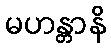
မဟန္တာနိ